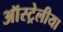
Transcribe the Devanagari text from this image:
ऑस्ट्रेलीया